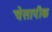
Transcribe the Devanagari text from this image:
चेसापीक